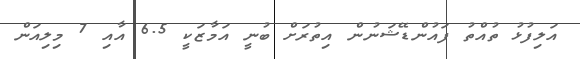
އަލިފުޅު ތުއްތު ފައުންޑޭޝަނުން އިތުރަށް ބުނީ އަމާޒަކީ 6.5 އާއި 7 މިލިއަން